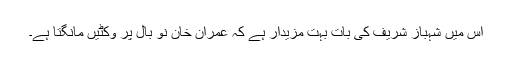
اس میں شہباز شریف کی بات بہت مزیدار ہے کہ عمران خان نو بال پر وکٹیں مانگتا ہے۔